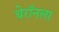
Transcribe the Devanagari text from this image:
थेरॉनला